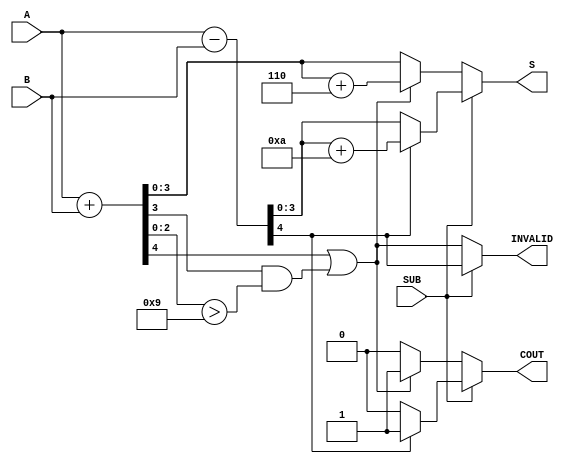
module BCD_Add_Subtracter (
    input wire [3:0] A,      // First BCD digit
    input wire [3:0] B,      // Second BCD digit
    input wire SUB,          // Control signal for addition/subtraction
    output reg [3:0] S,      // Resulting BCD digit
    output reg COUT,         // Carry-out flag
    output reg INVALID       // Invalid BCD flag
);

    wire [4:0] sum;         // 5-bit sum for addition
    wire [4:0] diff;        // 5-bit difference for subtraction
    wire [3:0] corrected;   // Corrected value for BCD
    wire is_sum_invalid;     // Flag for sum validity
    wire is_diff_invalid;    // Flag for difference validity

    // Calculate the sum and difference
    assign sum = A + B;
    assign diff = A - B;

    // Determine if the sum is invalid (greater than 9)
    assign is_sum_invalid = sum[4] | (sum[3] & (sum[2:0] > 4'b1001));

    // Determine if the difference is invalid (A < B)
    assign is_diff_invalid = diff[4];

    // Correct the sum if it exceeds 9
    always @(*) begin
        if (!SUB) begin // Addition
            if (is_sum_invalid) begin
                S = sum[3:0] + 4'b0110; // Adding 6 to correct BCD
                COUT = 1; // Set carry out
            end else begin
                S = sum[3:0];
                COUT = 0; // No carry out
            end
            INVALID = is_sum_invalid; // Set INVALID flag if sum is invalid
        end else begin // Subtraction
            if (is_diff_invalid) begin
                S = diff[3:0] + 4'b1010; // Adding 10 to correct BCD
                COUT = 1; // Set borrow (indicating borrow occurs)
            end else begin
                S = diff[3:0];
                COUT = 0; // No borrow
            end
            INVALID = is_diff_invalid; // Set INVALID flag if difference is invalid
        end
    end
endmodule